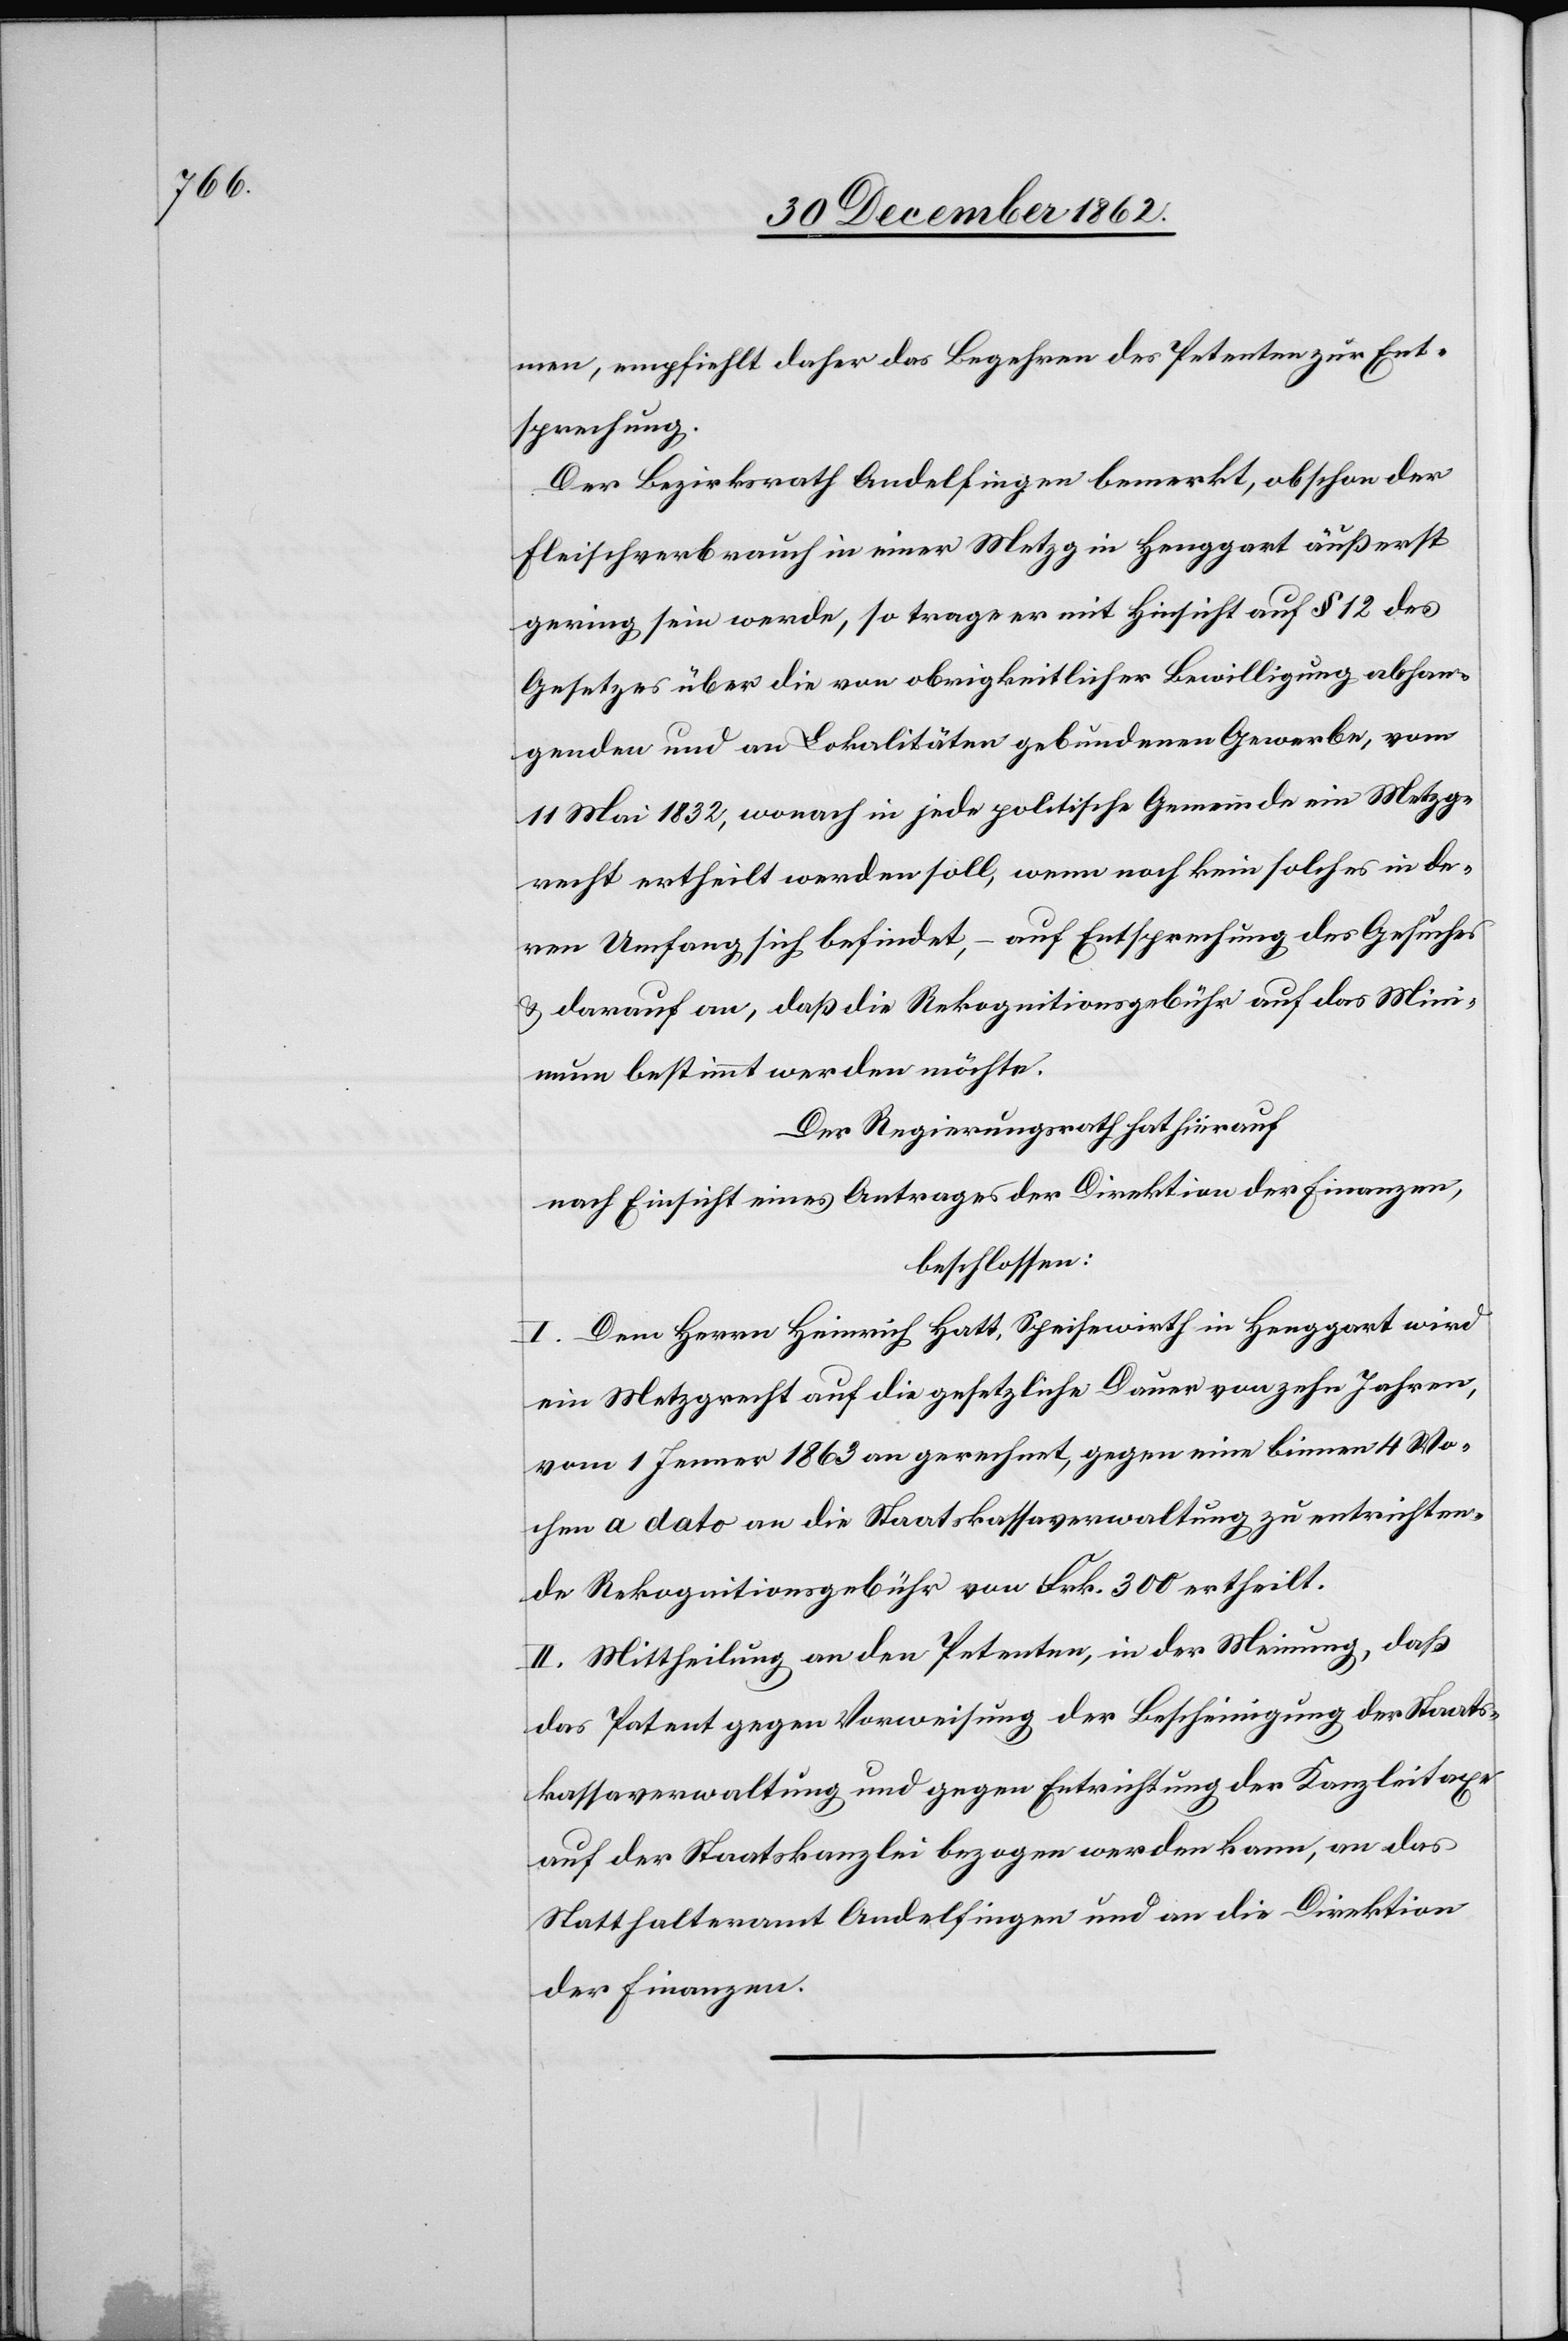
men, empfiehlt daher das Begehren des Petenten zur Ent¬
sprechung.
Der Bezirksrath Andelfingen bemerkt, obschon der
Fleischverbrauch in einer Metzg in Henggart äußerst
gering sein werde, so trage er mit Hinsicht auf § 12 des
Gesetzes über die von obrigkeitlicher Bewilligung abhan¬
genden und an Lokalitäten gebundenen Gewerbe, vom
11. Mai 1832, wonach in jede politische Gemeinde ein Metzg¬
recht ertheilt werden soll, wenn noch kein solches in de¬
ren Umfang sich befindet, – auf Entsprechung des Gesuches
u. darauf an, daß die Rekognitionsgebühr auf das Mini¬
mum bestimmt werden möchte.
Der Regierungsrath hat hierauf
nach Einsicht eines Antrages der Direktion der Finanzen,
beschlossen:
I. Dem Herrn Heinrich Hatt, Speisewirth in Henggart wird
ein Metzgrecht auf die gesetzliche Dauer von zehn Jahren,
vom 1. Jenner 1863 an gerechnet, gegen eine binnen 4 Wo¬
chen a dato an die Staatskassaverwaltung zu entrichten¬
de Rekognitionsgebühr von Frk. 300 ertheilt.
II. Mittheilung an den Petenten, in der Meinung, daß
das Patent gegen Vorweisung der Bescheinigung der Staats¬
kassaverwaltung und gegen Entrichtung der Kanzleitaxe
auf der Staatskanzlei bezogen werden kann, an das
Statthalteramt Andelfingen und an die Direktion
der Finanzen.